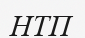
НТП